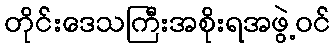
တိုင်းဒေသကြီးအစိုးရအဖွဲ့ဝင်